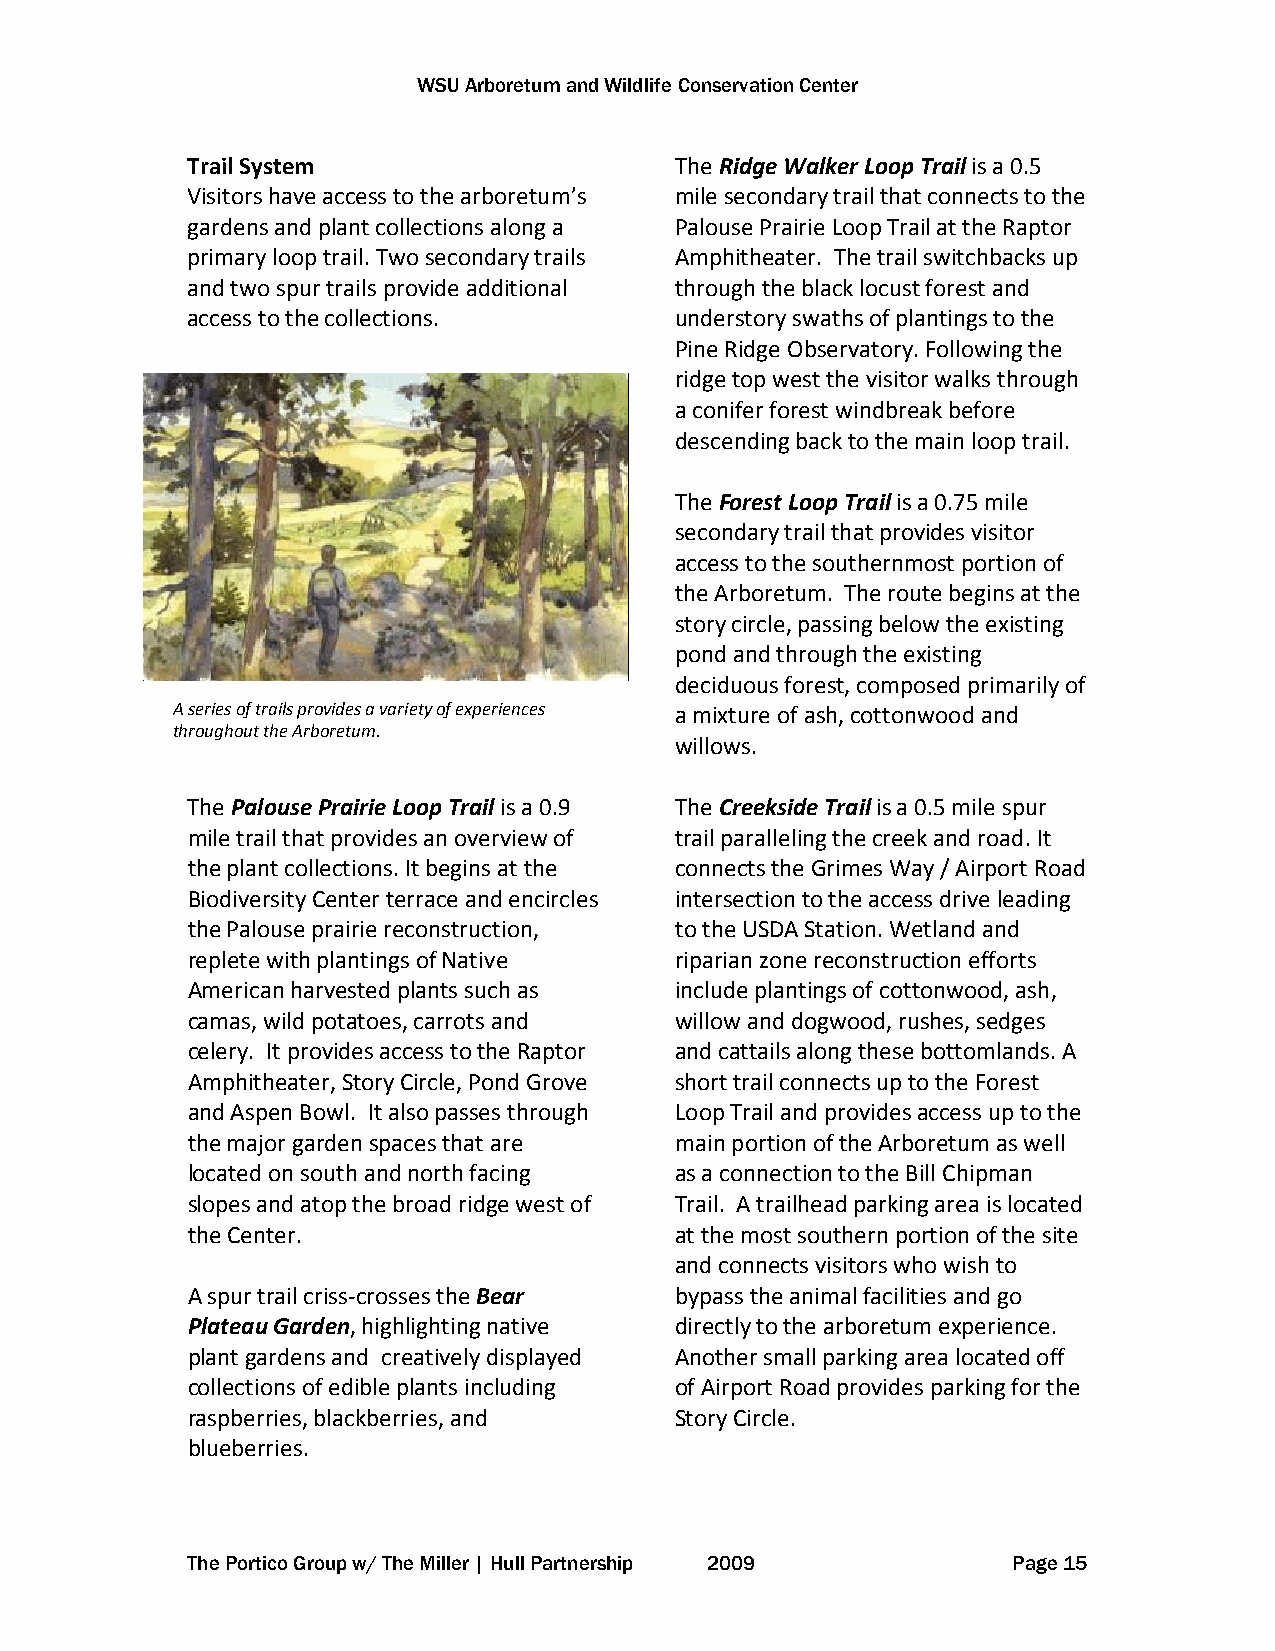
WSU Arboretum and Wildlife Conservation Center
 Trail System                     The Ridge Walker Loop Trail is a 0.5
 Visitors have access to the arboretum’s mile secondary trail that connects to the
 gardens and plant collections along a Palouse Prairie Loop Trail at the Raptor
 primary loop trail. Two secondary trails Amphitheater. The trail switchbacks up
 and two spur trails provide additional through the black locust forest and
 access to the collections.       understory swaths of plantings to the
 Pine Ridge Observatory. Following the
 ridge top west the visitor walks through
 a conifer forest windbreak before
 descending back to the main loop trail.
 The Forest Loop Trail is a 0.75 mile
 secondary trail that provides visitor
 access to the southernmost portion of
 the Arboretum. The route begins at the
 story circle, passing below the existing
 pond and through the existing
 deciduous forest, composed primarily of
 A series of trails provides a variety of experiences a mixture of ash, cottonwood and
 throughout the Arboretum.
 willows.
 The Palouse Prairie Loop Trail is a 0.9 The Creekside Trail is a 0.5 mile spur
 mile trail that provides an overview of trail paralleling the creek and road. It
 the plant collections. It begins at the connects the Grimes Way / Airport Road
 Biodiversity Center terrace and encircles intersection to the access drive leading
 the Palouse prairie reconstruction, to the USDA Station. Wetland and
 replete with plantings of Native riparian zone reconstruction efforts
 American harvested plants such as include plantings of cottonwood, ash,
 camas, wild potatoes, carrots and willow and dogwood, rushes, sedges
 celery. It provides access to the Raptor and cattails along these bottomlands. A
 Amphitheater, Story Circle, Pond Grove short trail connects up to the Forest
 and Aspen Bowl. It also passes through Loop Trail and provides access up to the
 the major garden spaces that are main portion of the Arboretum as well
 located on south and north facing as a connection to the Bill Chipman
 slopes and atop the broad ridge west of Trail. A trailhead parking area is located
 the Center.                      at the most southern portion of the site
 and connects visitors who wish to
 A spur trail criss-crosses the Bear bypass the animal facilities and go
 Plateau Garden, highlighting native directly to the arboretum experience.
 plant gardens and creatively displayed Another small parking area located off
 collections of edible plants including of Airport Road provides parking for the
 raspberries, blackberries, and   Story Circle.
 blueberries.
 The Portico Group w/ The Miller | Hull Partnership 2009 Page 15